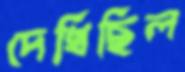
দেখিছিল